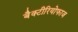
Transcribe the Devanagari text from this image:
बैक्टीरियोफाज